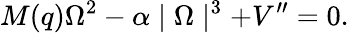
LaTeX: M(q)\Omega^{2}-\alpha\mid\Omega\mid^{3}+V^{\prime\prime}=0.